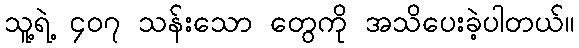
သူ့ရဲ့ ၄၀၇ သန်းသော တွေကို အသိပေးခဲ့ပါတယ်။